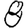
Digit: 8